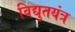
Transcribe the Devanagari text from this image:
विद्युतयंत्र